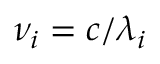
\nu _ { i } = c / \lambda _ { i }